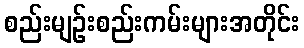
စည်းမျဉ်းစည်းကမ်းများအတိုင်း